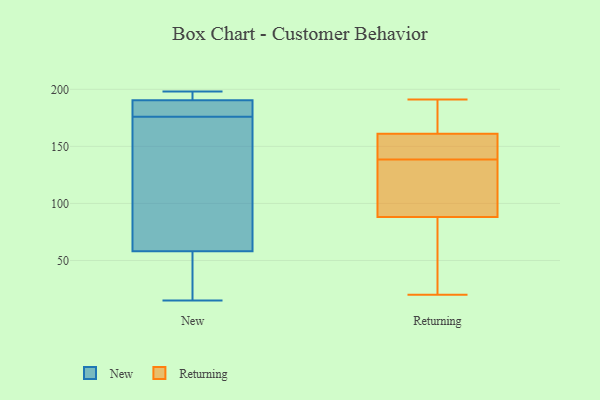
{"axis": {"x": "Bounce Rate (%)", "y": "Value"}, "legend": ["New", "Returning"], "data": [{"x": "", "y": 67, "type": "New"}, {"x": "", "y": 178, "type": "New"}, {"x": "", "y": 16, "type": "New"}, {"x": "", "y": 193, "type": "New"}, {"x": "", "y": 197, "type": "New"}, {"x": "", "y": 197, "type": "New"}, {"x": "", "y": 55, "type": "New"}, {"x": "", "y": 189, "type": "New"}, {"x": "", "y": 71, "type": "New"}, {"x": "", "y": 15, "type": "New"}, {"x": "", "y": 176, "type": "New"}, {"x": "", "y": 28, "type": "New"}, {"x": "", "y": 52, "type": "New"}, {"x": "", "y": 179, "type": "New"}, {"x": "", "y": 181, "type": "New"}, {"x": "", "y": 115, "type": "New"}, {"x": "", "y": 74, "type": "New"}, {"x": "", "y": 198, "type": "New"}, {"x": "", "y": 191, "type": "New"}, {"x": "", "y": 149, "type": "Returning"}, {"x": "", "y": 66, "type": "Returning"}, {"x": "", "y": 149, "type": "Returning"}, {"x": "", "y": 44, "type": "Returning"}, {"x": "", "y": 110, "type": "Returning"}, {"x": "", "y": 20, "type": "Returning"}, {"x": "", "y": 138, "type": "Returning"}, {"x": "", "y": 134, "type": "Returning"}, {"x": "", "y": 187, "type": "Returning"}, {"x": "", "y": 173, "type": "Returning"}, {"x": "", "y": 139, "type": "Returning"}, {"x": "", "y": 191, "type": "Returning"}]}